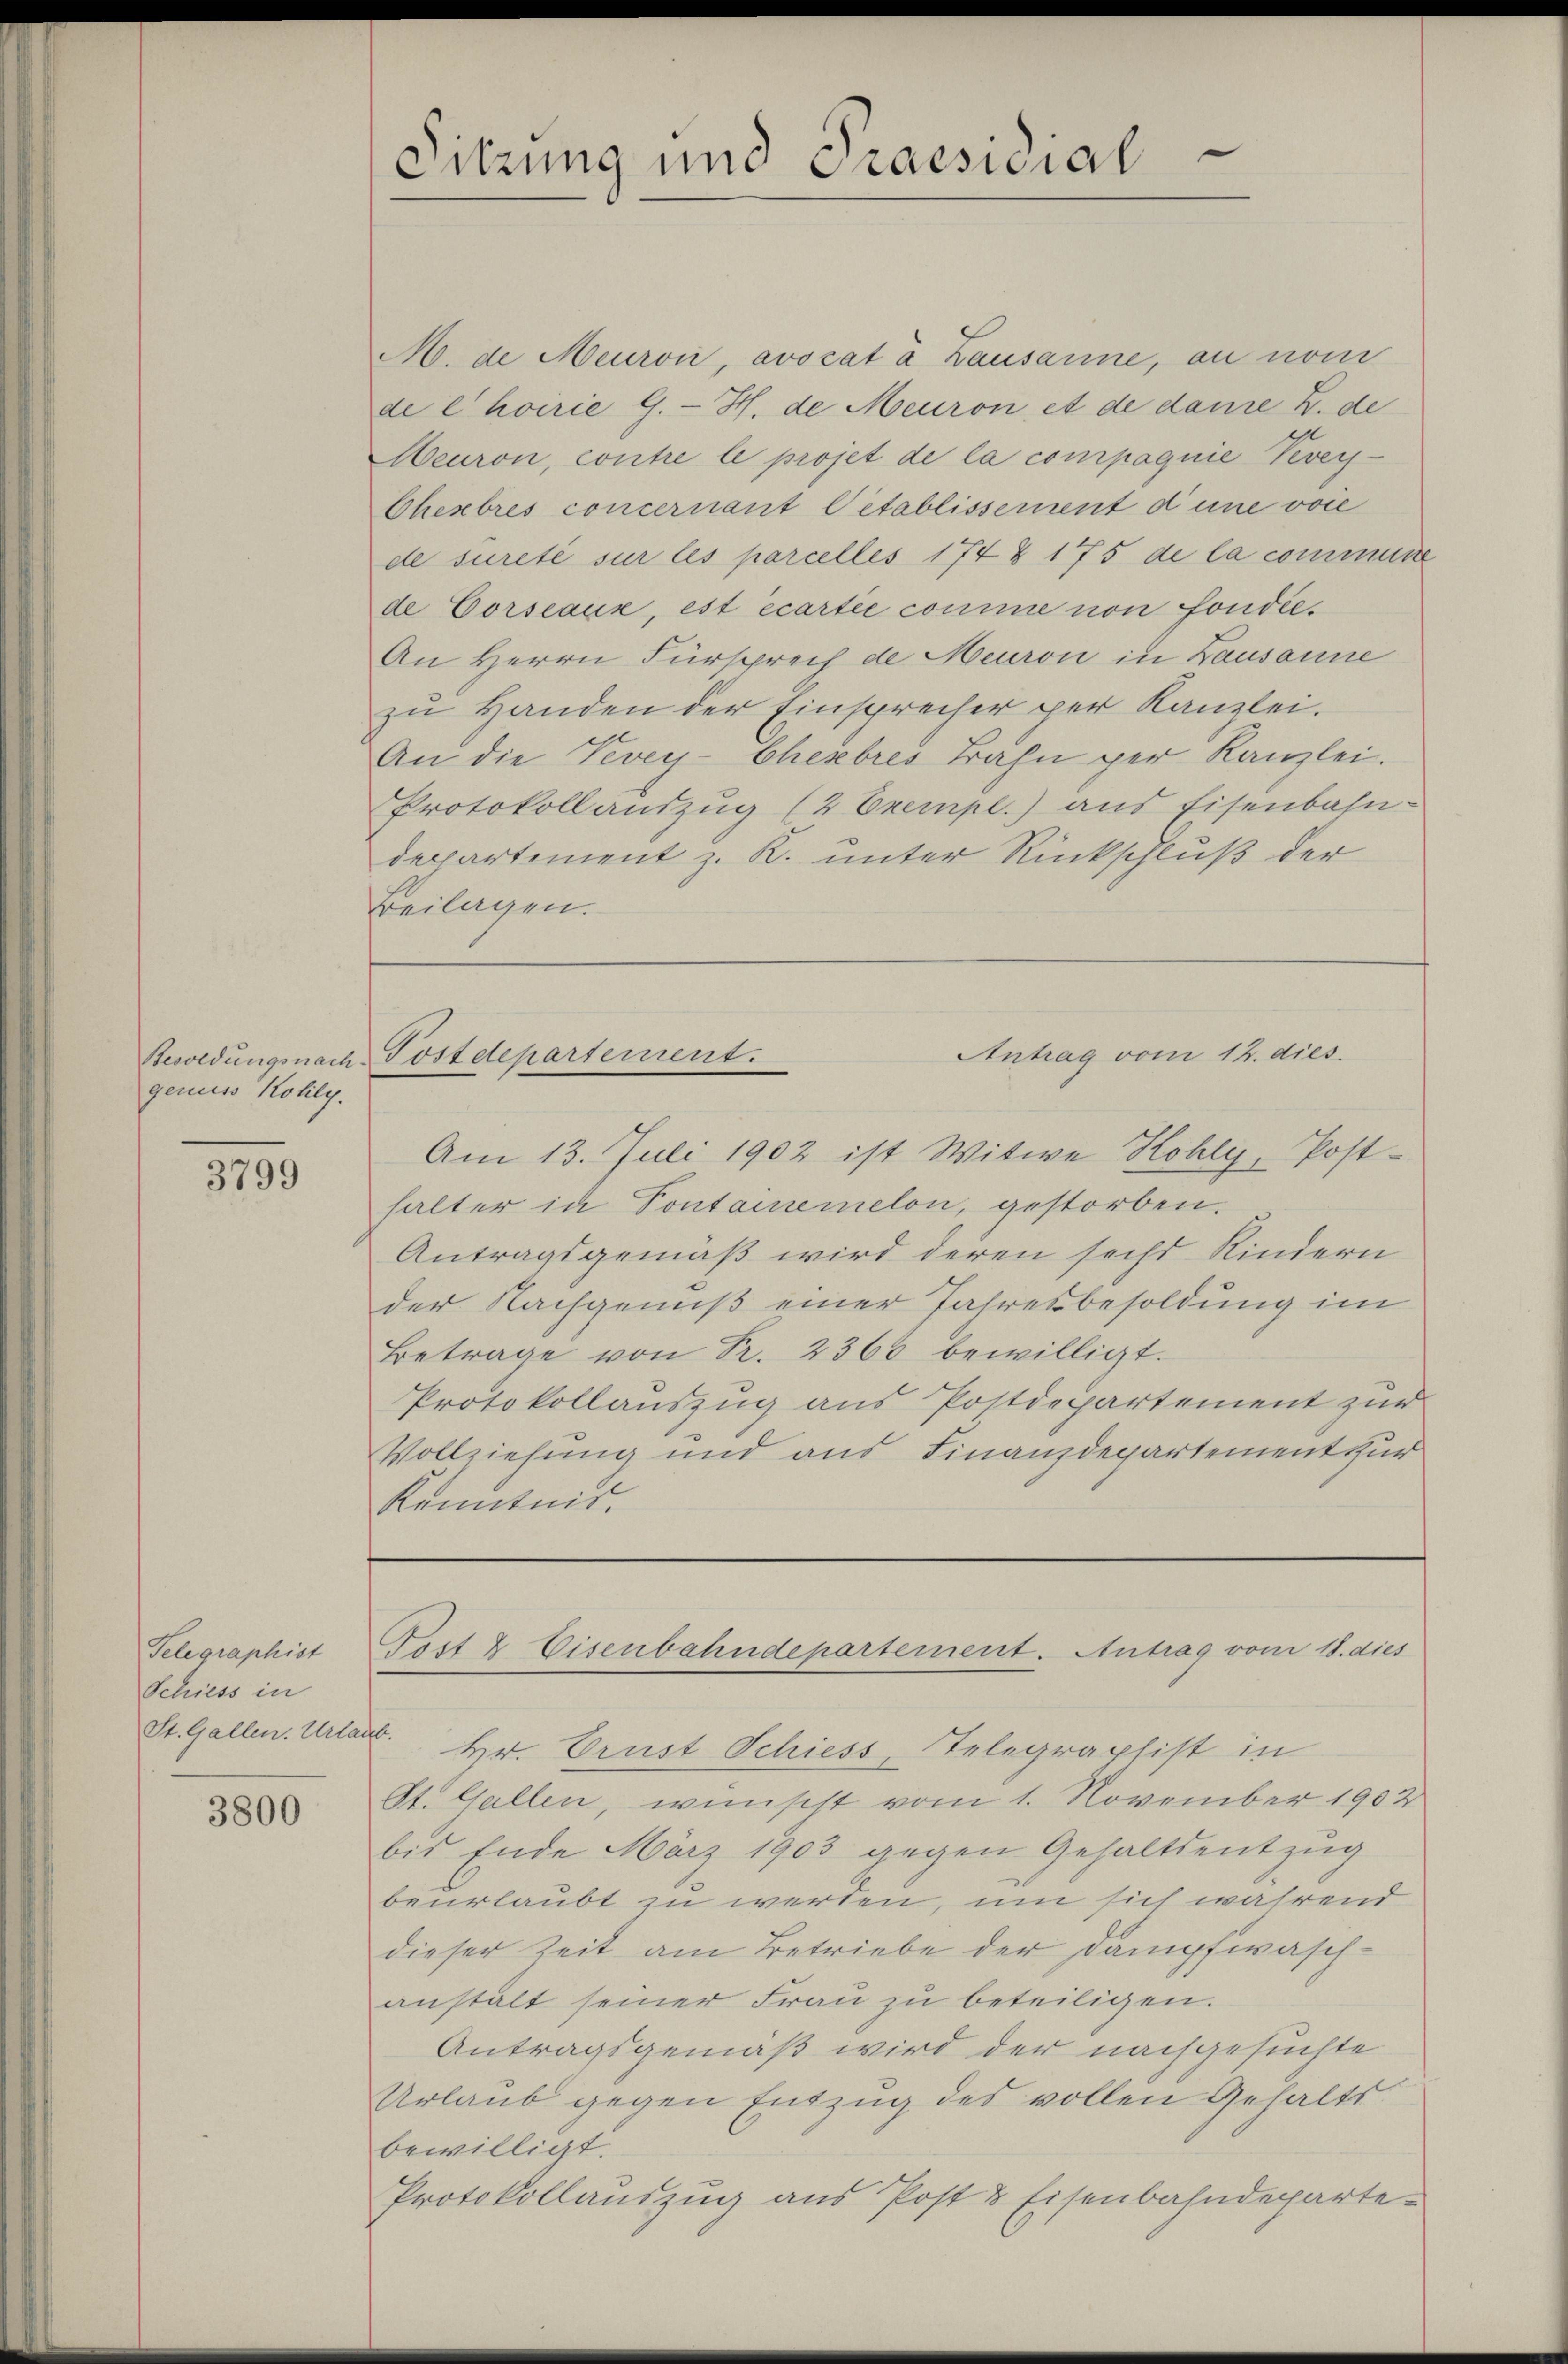
genuss Kolily.

3799

Telegraphist
Schiess in
St. Gallen. Urla

3800

Sitzung und Praesidial

Mo. de Meuron, avocat à Lausanne, an nom
de l’hoirie G. H. de Meuron et de daue Z. de
Meuron, contre le projet de la compagnie Vevey-
Chenbres concernant Petablissement d’une voce
de sureté sur les parcelles 174 & 175 de la commene
de Corseaux, est écartie comme von fondée.
An Herrn Fürsprech de Meuron in Lausanne
zu Handen der Einsprecher per Kanzlei.
An die Vevey- Cherbres Trahn per Kanzlei.
Protokoll aŭszŭg (2 Exempl.) aus Eisenbahn-
departement z. R. unter Rückschluß der
Beilagen.

Antrag vom 12. dies
Besoldungsnach Postdepartement.
Am 13. Juli 1902 ist Witwe Kohly, Post-

halter in Pontainemelon, gestorben.
Antragsgemäß wird deren sechs Kindern
der Nachgenuß einer Jahresbesoldung im
Betrage von R. 2360 bewilligt.
Protokollauszug aus Postdepartement zur
Vollziehung und aus Finanzdepartement für
Kenntnis.

Pest & Eisenbahndepartement. Antrag vom 18. dies

. Hr. Prust Schiess, Telegraphist in
St. Gallen, wünscht vom 1. November 1902
bis Ende März 1903 gegen Gehaltsentzug
beurlaubt zu werden, um sich während
dieser Zeit am Betriebe der Dampfwaschanstalt seiner Frau zu beteiligen.
Antragsgemäß wird der nachgesuchte
Urlaub gegen Entzug des vollen Gehaltsbewilligt.
Protokollauszug aus Post & Eisenbahndeparte¬